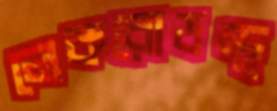
লেকরোডস্থ